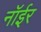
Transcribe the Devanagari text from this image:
नॉईर